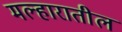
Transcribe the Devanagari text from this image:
मल्हारातील